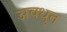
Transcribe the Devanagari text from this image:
अवधुत